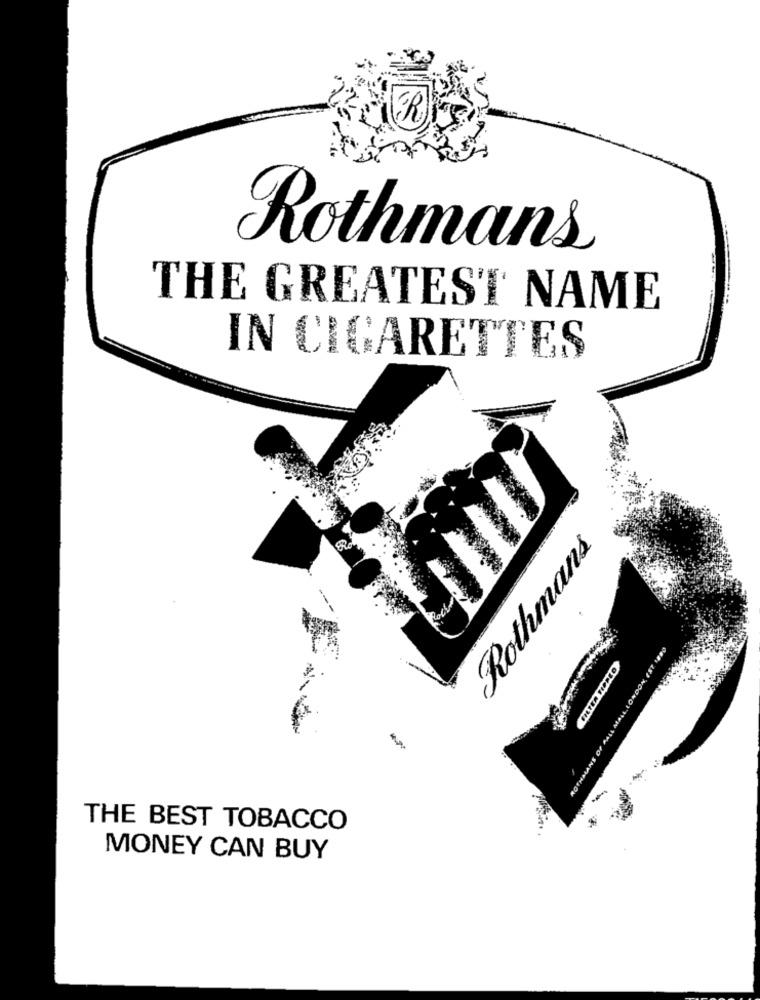
Rothmans
THE GREATEST NAME
IN CIGARETTES
Rothmans
--
THE BEST TOBACCO
MONEY CAN BUY